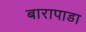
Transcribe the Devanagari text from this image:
बारापाडा